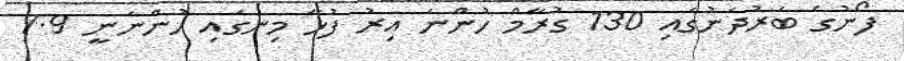
ފޯނުގެ ބަރުދަނުގައި 130 ގުރާމް ހުންނަ އިރު ފުޅާ މިނުގައި ހުންނަނީ 7.9